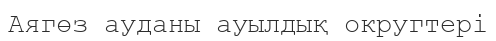
Аягөз ауданы ауылдық округтері